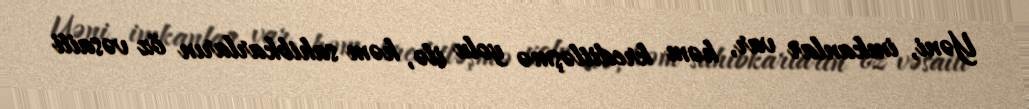
Yəni, imkanlar var, həm kreditləşmə yolu ilə, həm sahibkarların öz vəsaiti